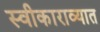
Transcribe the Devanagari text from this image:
स्वीकाराव्यात